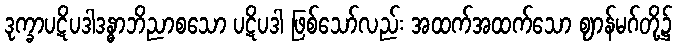
ဒုက္ခာပဋိပဒါဒန္ဓာဘိညာစသော ပဋိပဒါ ဖြစ်သော်လည်း အထက်အထက်သော ဈာန်မဂ်တို့၌